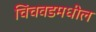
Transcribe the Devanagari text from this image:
चिंचवडमधील